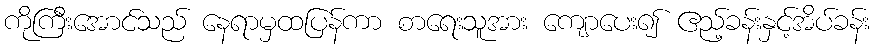
ကိုကြီးအောင်သည် နေရာမှထပြန်ကာ စာရေးသူအား ကျောပေး၍ ဧည့်ခန်းနှင့်အိပ်ခန်း